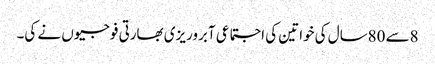
8سے 80سال کی خواتین کی اجتماعی آبروریزی بھارتی فوجیوں نے کی۔